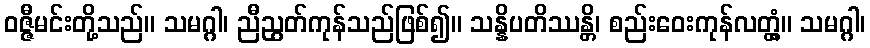
ဝဇ္ဇီမင်းတို့သည်။ သမဂ္ဂါ၊ ညီညွတ်ကုန်သည်ဖြစ်၍။ သန္နိပတိဿန္တိ၊ စည်းဝေးကုန်လတ္တံ့။ သမဂ္ဂါ၊